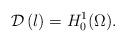
LaTeX: \begin{align*}{\mathcal{D}}\left( \l \right) = H_0^1(\Omega).\end{align*}